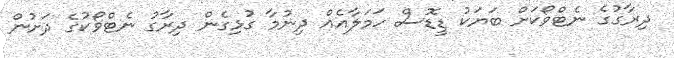
ދިރާގުގެ ނެޓްވޯކަށް ބަޔަކު ޑީޑޮސް ހަމަލާއެއް ދިނުމާ ގުޅިގެން ދިރާގު ނެޓްވޯކުގެ ދަށުން